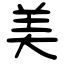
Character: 美